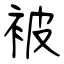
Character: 被